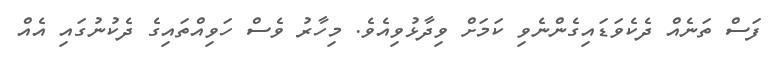
ފަސް ތަނެއް ދެކެވަޑައިގެންނެވި ކަމަށް ވިދާޅުވިއެވެ. މިހާރު ވެސް ހަވިއްތައިގެ ދެކުނުގައި އެއް